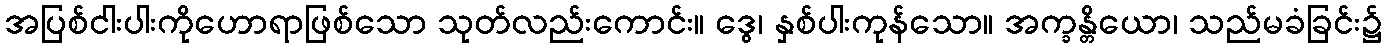
အပြစ်ငါးပါးကိုဟောရာဖြစ်သော သုတ်လည်းကောင်း။ ဒွေ၊ နှစ်ပါးကုန်သော။ အက္ခန္တိယော၊ သည်မခံခြင်း၌